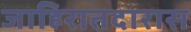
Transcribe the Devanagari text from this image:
जाहिरातदारास